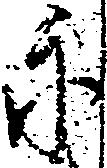
示